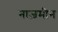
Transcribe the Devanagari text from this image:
नाज़मीन